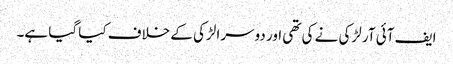
ایف آئی آر لڑکی نے کی تھی اور دوسرا لڑکی کے خلاف کیا گیا ہے۔